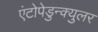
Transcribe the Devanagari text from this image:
एंटोपेडुन्क्युलर